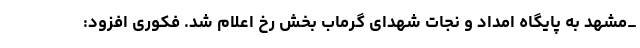
_مشهد به پایگاه امداد و نجات شهدای گرماب بخش رخ اعلام شد. فکوری افزود: